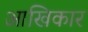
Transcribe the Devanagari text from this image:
आखिकार